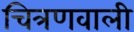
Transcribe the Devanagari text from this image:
चित्रणवाली